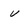
Character: U